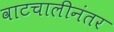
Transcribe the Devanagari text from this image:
वाटचालीनंतर